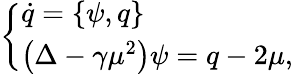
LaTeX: \left\{ \begin{array}{ll}{\dot{q}=\left\{ \psi,q\right\} }\\ {\left(\Delta-\gamma\mu^{2}\right)\psi=q-2\mu,}\end{array}\right.